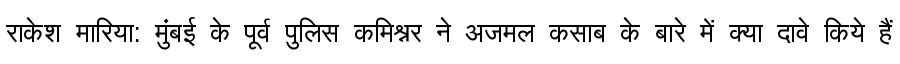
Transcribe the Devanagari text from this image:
राकेश मारिया: मुंबई के पूर्व पुलिस कमिश्नर ने अजमल कसाब के बारे में क्या दावे किये हैं